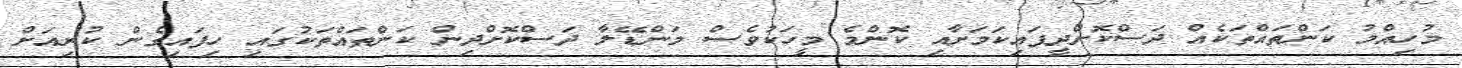
މުހިއްމު ކަންތައްތަކެއް ދަސްކޮށްދީފައިކަމަށާއި ކޮންމެ މީހަކުވެސް މަންޑޭލާ ދަސްކޮށްދިން ކަންތައްތަކުގައި ހިފައިގެން ކުރިއަށް